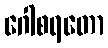
ဂေါစရတော